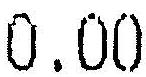
0.00